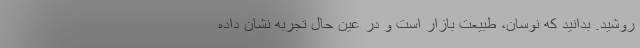
روشید. بدانید که نوسان، طبیعت بازار است و در عین حال تجربه نشان داده